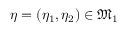
\eta = ( \eta _ { 1 } , \eta _ { 2 } ) \in \mathfrak { M } _ { 1 }